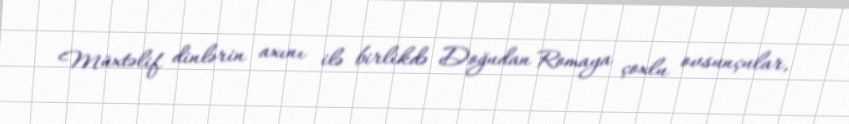
Müxtəlif dinlərin axını ilə birlikdə Doğudan Romaya çoxlu ovsunçular,